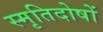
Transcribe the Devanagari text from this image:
स्मृतिदोषों